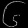
Digit: ၆